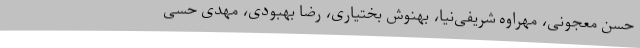
حسن معجونی، مهراوه شریفی‌نیا، بهنوش بختیاری، رضا بهبودی، مهدی حسی